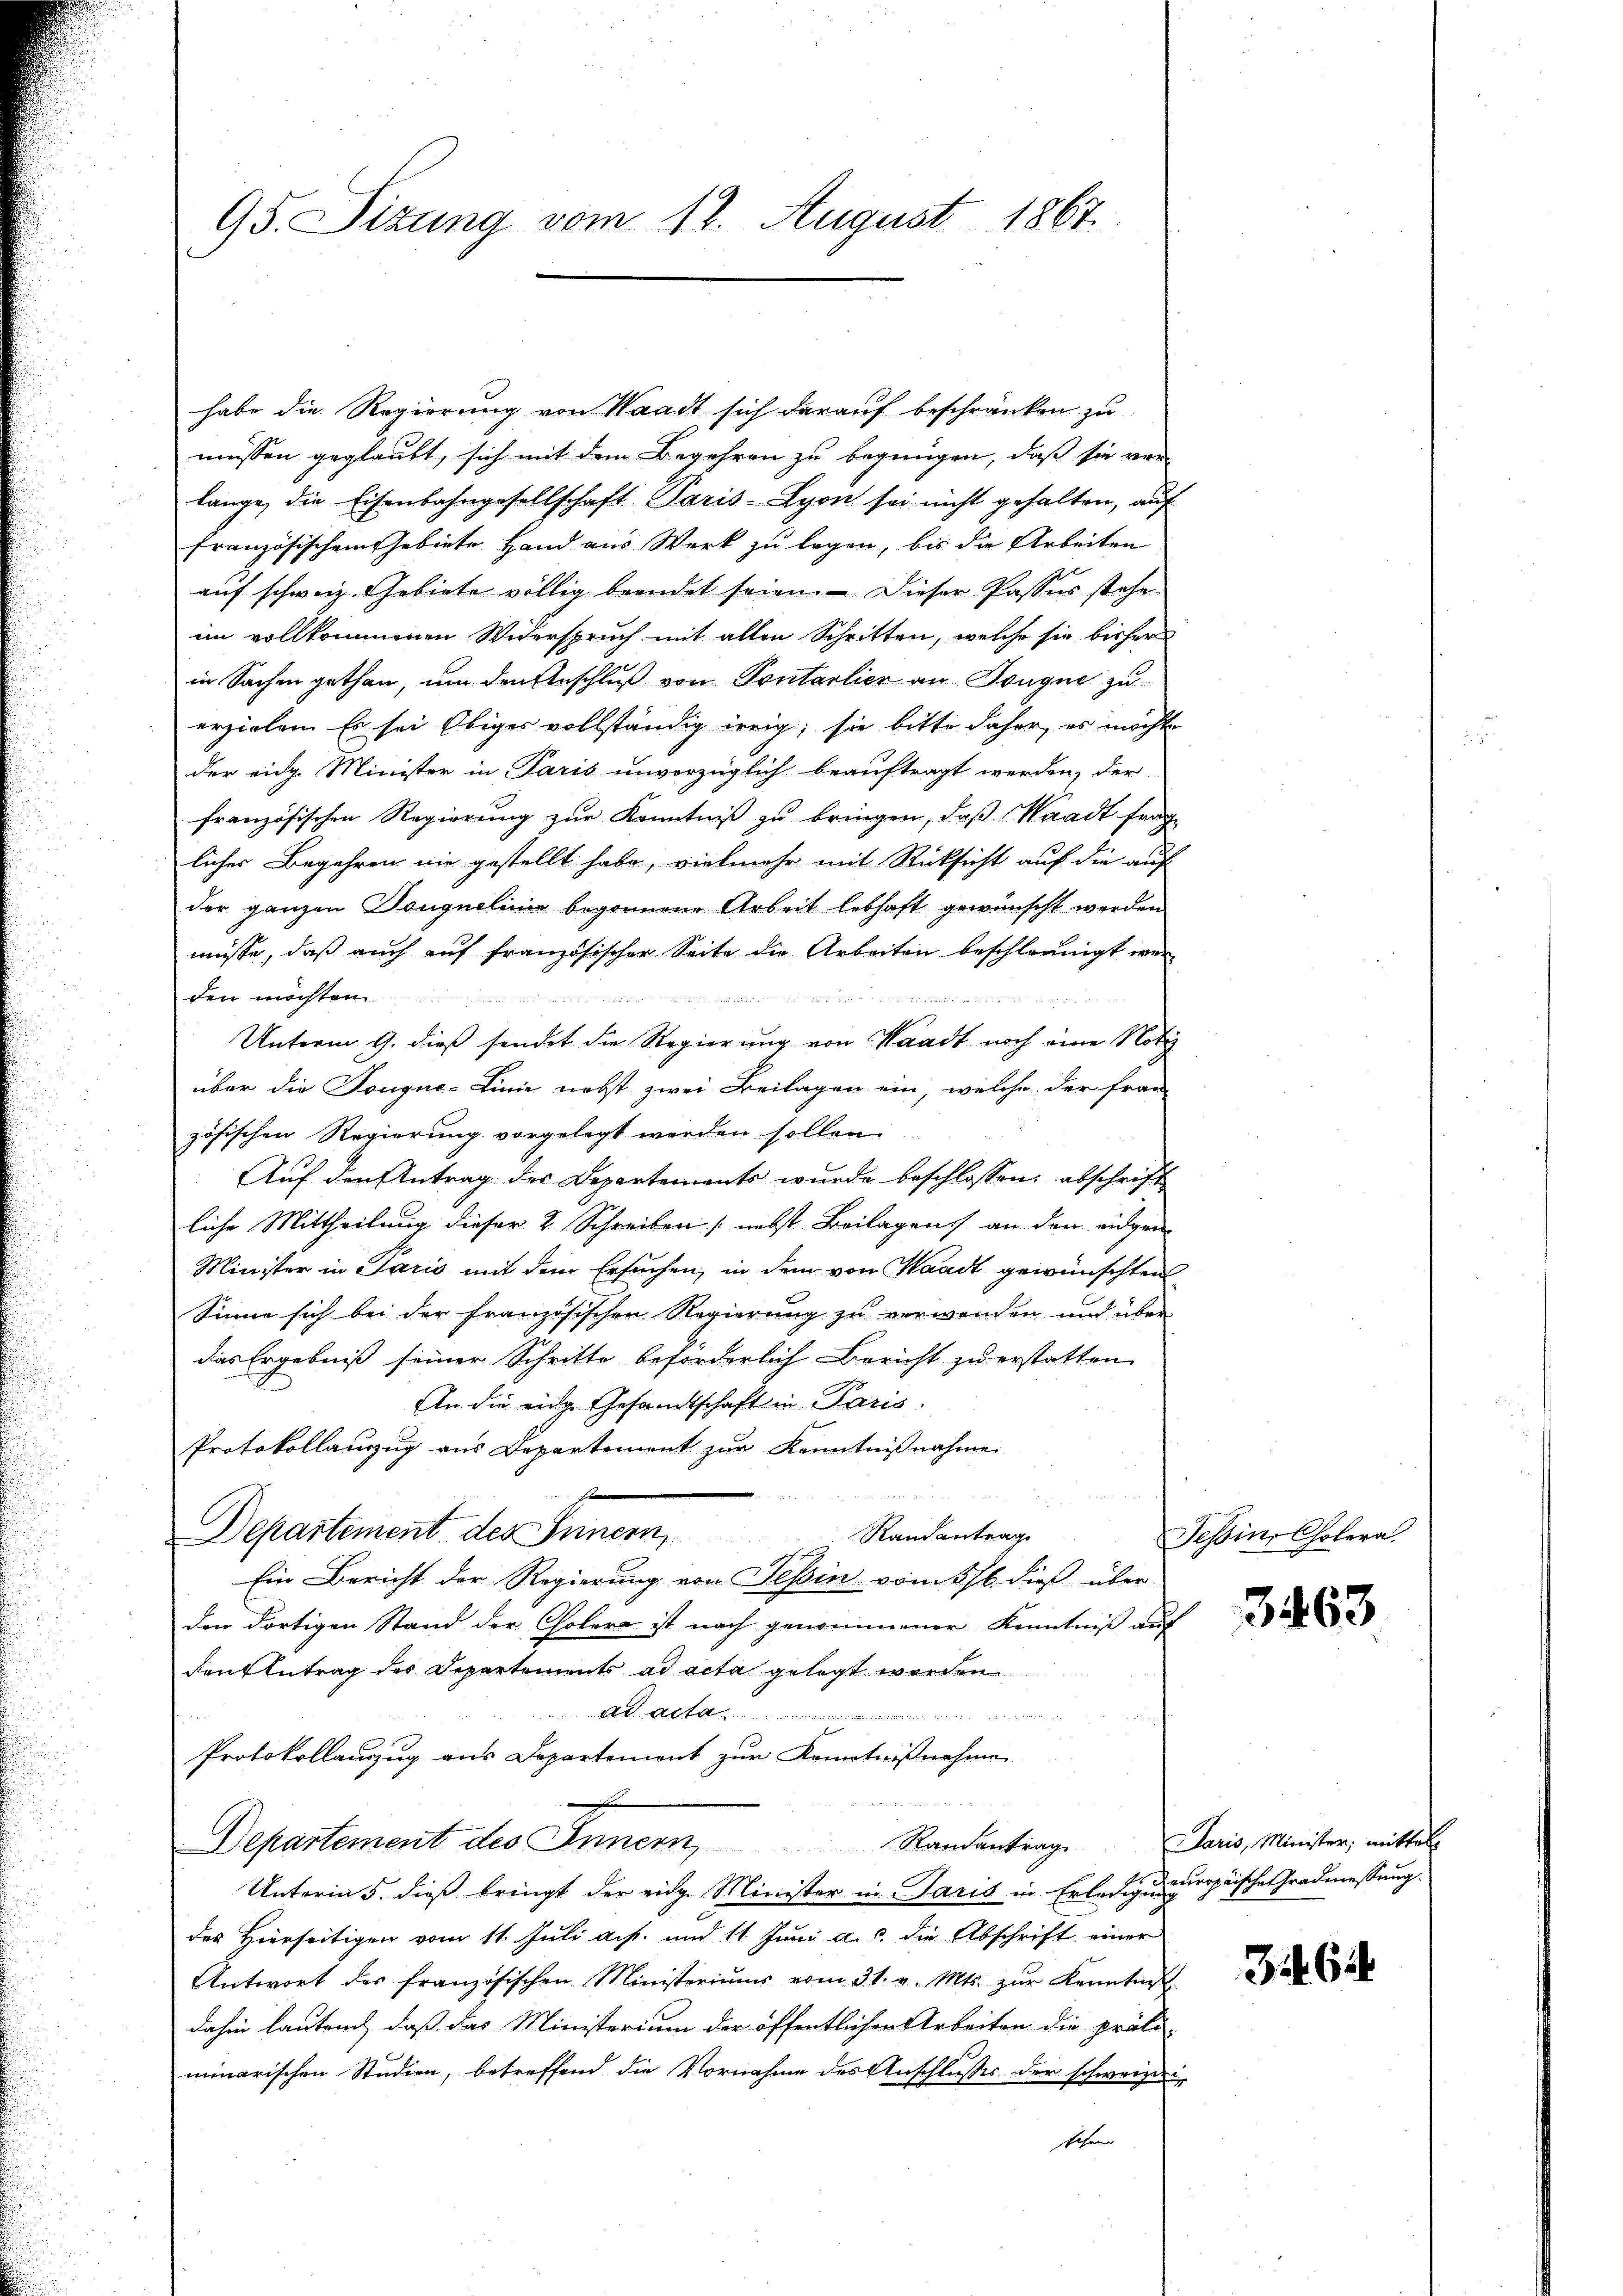
habe die Regierung von Waadt sich darauf beschränken zu
müssen geglaubt, sich mit dem Begehren zu begnügen, daß sie vor
länge, die Eisenbahngesellschaft Paris-Lyon sei nicht gehalten, auf
französischem Gebiete Hand aus Werk zu legen, bis die Arbeiten
auf schweiz. Gebiete völlig beendet seien. — Dieser Passes stehe
im vollkommenen Widerspruch mit allen Schritten, welche sie bisher
in Sachen gethan, um den Geschluß von Pontarlier an Tongue zu
erzielen. Es sei Obiges vollständig irrig; sie bitte daher, es möchte
der eidg. Minister in Paris unverzüglich beauftragt werden, der
französischen Regierung zur Kenntniß zu bringen, daß Waadt frag
liches Begehren nie gestellt habe, vielmehr mit Rücksicht auf die auf
der ganzen Dougnolinie begonnene Arbeit lebhaft gewünscht werden
müsse, daß auch auf französischer Seite die Arbeiten beschleunigt werden möchten in

Unterm 9. dieß sendet die Regierung von Waadt noch eine Notiz
über die Dougne-Linie nebst zwei Beilagen ein, welche der Frau
zösischen Regierung vorgelegt werden sollen.
Auf den Antrag des Departements wurde beschlossen: abschrift
liche Mittheilung dieser 2 Schreiben (nebst Beilagens an den eidgen
Minister in Paris mit dem Ersuchen, in dem von Waadt gewünschten
Sinne sich bei der französischen Regierung zu verwenden und über
das Ergebniß seiner Schritte beförderlich Bericht zu erstatten.
An die eine Gesandtschaft in Paris.
Protokollauszug aus Departement zur Kenntnißnahme
s
Departement des Innern,
Randantrag
Ein Bericht der Regierung von Tessin vom 5/6. dieß über
den dortigen Stand der Cholera ist nach genommener Kenntniß auf
den Antrag des Departements ad acta gelegt worden
a- |
Protokollanzug aus Departement zur Kenntnißnahme
Departement des Innern,
Randantrag
Unterm 5. dieß bringt der eidg. Minister in Paris in Erledigueuropäische Gradmessung.
des Hierseitigen vom 11. Juli a. p. und 11. Juni a.c. die Abschrift einer
Antwort des französischen Ministeriums vom 31. v. Mts. zur Kenntnis
dahin lautend, daß das Ministerium der öffentlichen Arbeiten die präsi-
minarischen Studien, betreffend die Vornahme des Anschlusses der schweizeri
sehene

95. Sitzung vom 12. August 1867.

Tessin, Cholera.
3463

Paris, Minister, mittels

3462